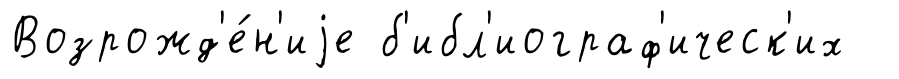
Возрожд'е́н'иjе б'ибл'иограф'ическ'их